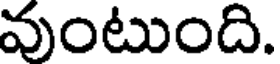
వుంటుంది.